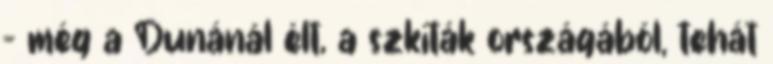
- még a Dunánál élt, a szkíták országából, tehát